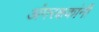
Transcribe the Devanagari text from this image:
अंगरक्षकांनी